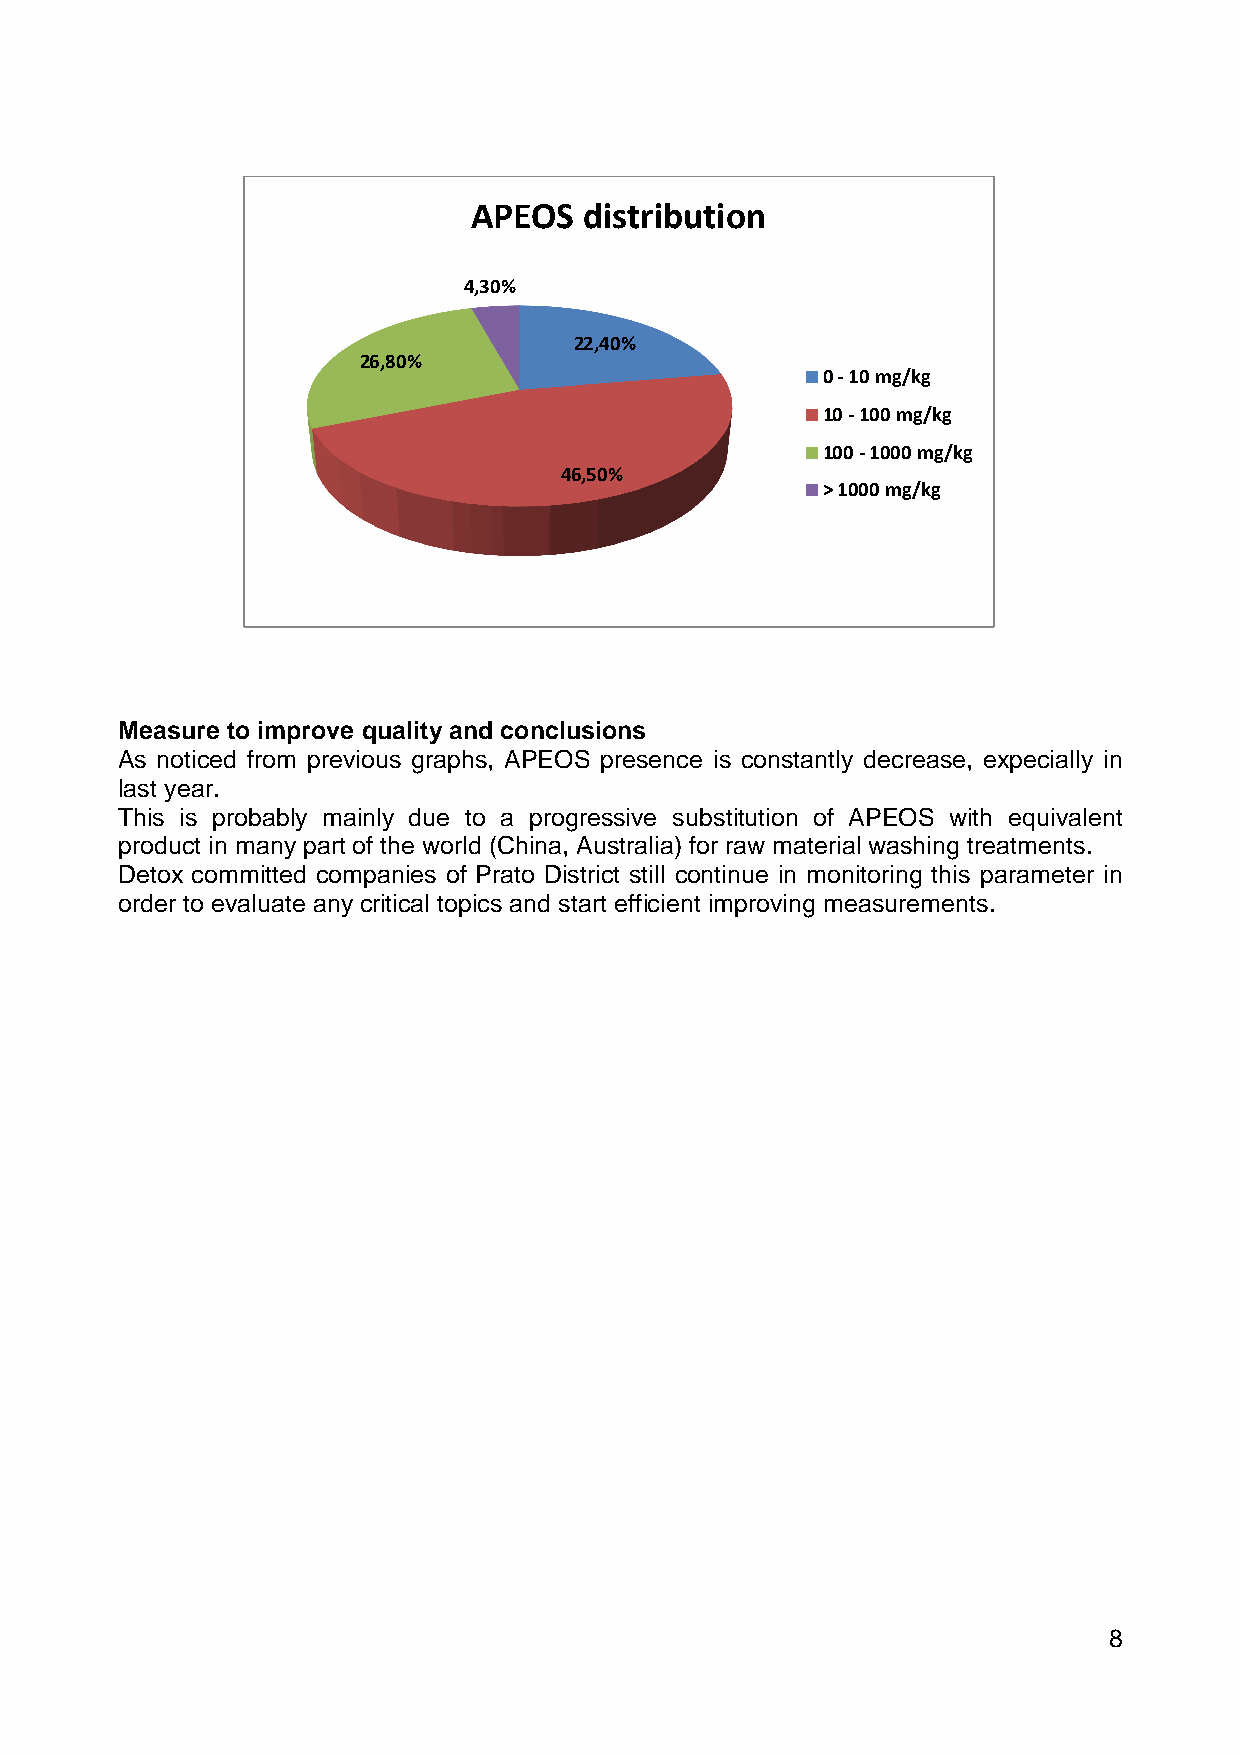
APEOS   distribution
 4,30%
 22,40%
 26,80%
 0 - 10 mg/kg
 10 - 100 mg/kg
 100 - 1000 mg/kg
 46,50%
 > 1000 mg/kg
 Measure to improve quality and conclusions
 As noticed from previous graphs, APEOS presence is constantly decrease, expecially in
 last year.
 This is probably mainly due to a progressive substitution of APEOS with equivalent
 product in many part of the world (China, Australia) for raw material washing treatments.
 Detox committed companies of Prato District still continue in monitoring this parameter in
 order to evaluate any critical topics and start efficient improving measurements.
 8